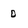
Character: o